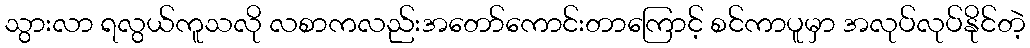
သွားလာ ရလွယ်ကူသလို လစာကလည်းအတော်ကောင်းတာကြောင့် စင်ကာပူမှာ အလုပ်လုပ်နိုင်တဲ့